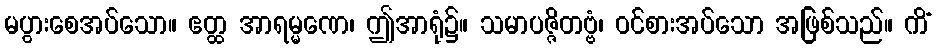
မပွားစေအပ်သော။ ဧတ္ထ အာရမ္မဏေ၊ ဤအာရုံ၌။ သမာပဇ္ဇိတဗ္ဗံ၊ ဝင်စားအပ်သော အဖြစ်သည်။ ကိံ